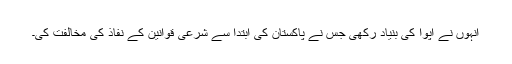
انہوں نے اپوا کی بنیاد رکھی جس نے پاکستان کی ابتدا سے شرعی قوانین کے نفاذ کی مخالفت کی۔